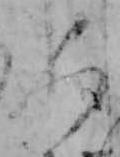
人